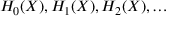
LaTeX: H _ { 0 } ( X ) , H _ { 1 } ( X ) , H _ { 2 } ( X ) , \ldots